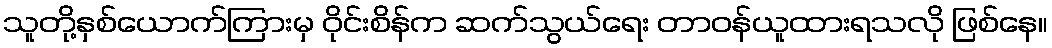
သူတို့နှစ်ယောက်ကြားမှ ဝိုင်းစိန်က ဆက်သွယ်ရေး တာဝန်ယူထားရသလို ဖြစ်နေ။